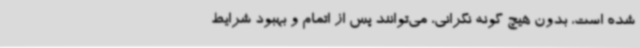
شده است، بدون هیچ گونه نگرانی، می‌توانند پس از اتمام و بهبود شرایط